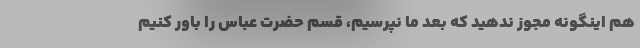
هم اینگونه مجوز ندهید که بعد ما نپرسیم، قسم حضرت عباس را باور کنیم